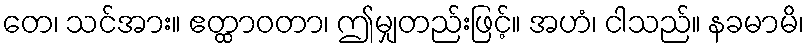
တေ၊ သင်အား။ ဧတ္ထာဝတာ၊ ဤမျှတည်းဖြင့်။ အဟံ၊ ငါသည်။ နခမာမိ၊